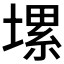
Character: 𡏱